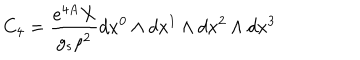
LaTeX: C _ { 4 } = \frac { e ^ { 4 A } X } { g _ { s } \rho ^ { 2 } } d x ^ { 0 } \wedge d x ^ { 1 } \wedge d x ^ { 2 } \wedge d x ^ { 3 }